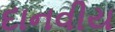
દાનવીય